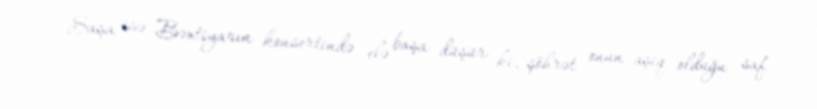
Saşa isə Bəxtiyarın konsertində elə başa düşür ki, şöhrət onun aşiq olduğu saf